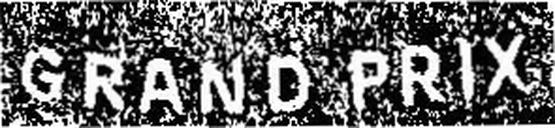
GRAND PRIX